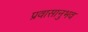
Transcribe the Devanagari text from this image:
प्रवासानुभव